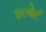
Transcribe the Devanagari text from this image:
इल्बेर्ट